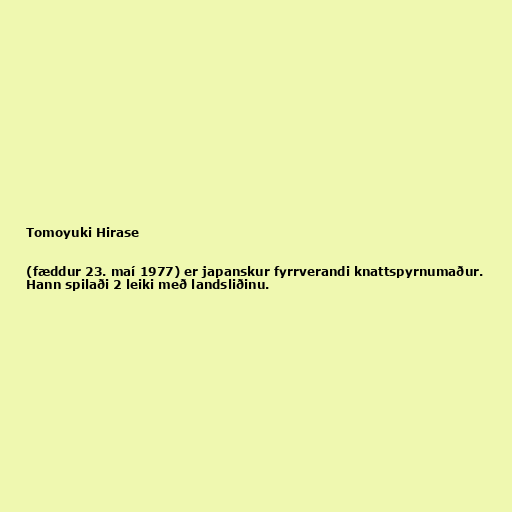
Tomoyuki Hirase

(fæddur 23. maí 1977) er japanskur fyrrverandi knattspyrnumaður.
Hann spilaði 2 leiki með landsliðinu.